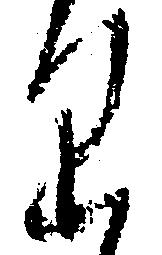
り